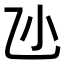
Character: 𠃝